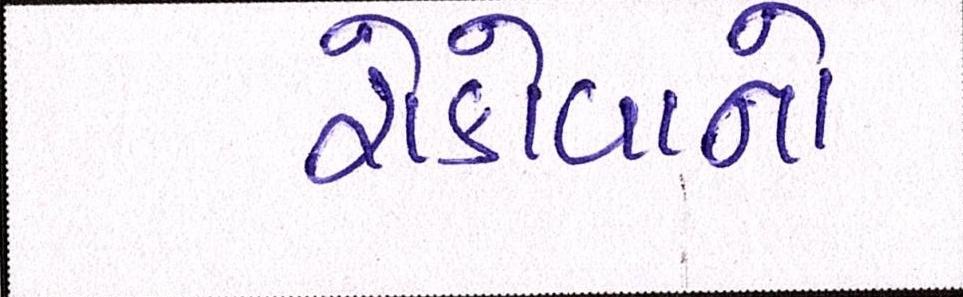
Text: રોકોવાનો